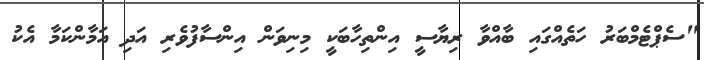
"ސެޕްޓެމްބަރު ހަތެއްގައި ބާއްވާ ރިޔާސީ އިންތިހާބަކީ މިނިވަން އިންސާފުވެރި އަދި އަމާންކަމާ އެކު